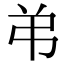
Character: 弚